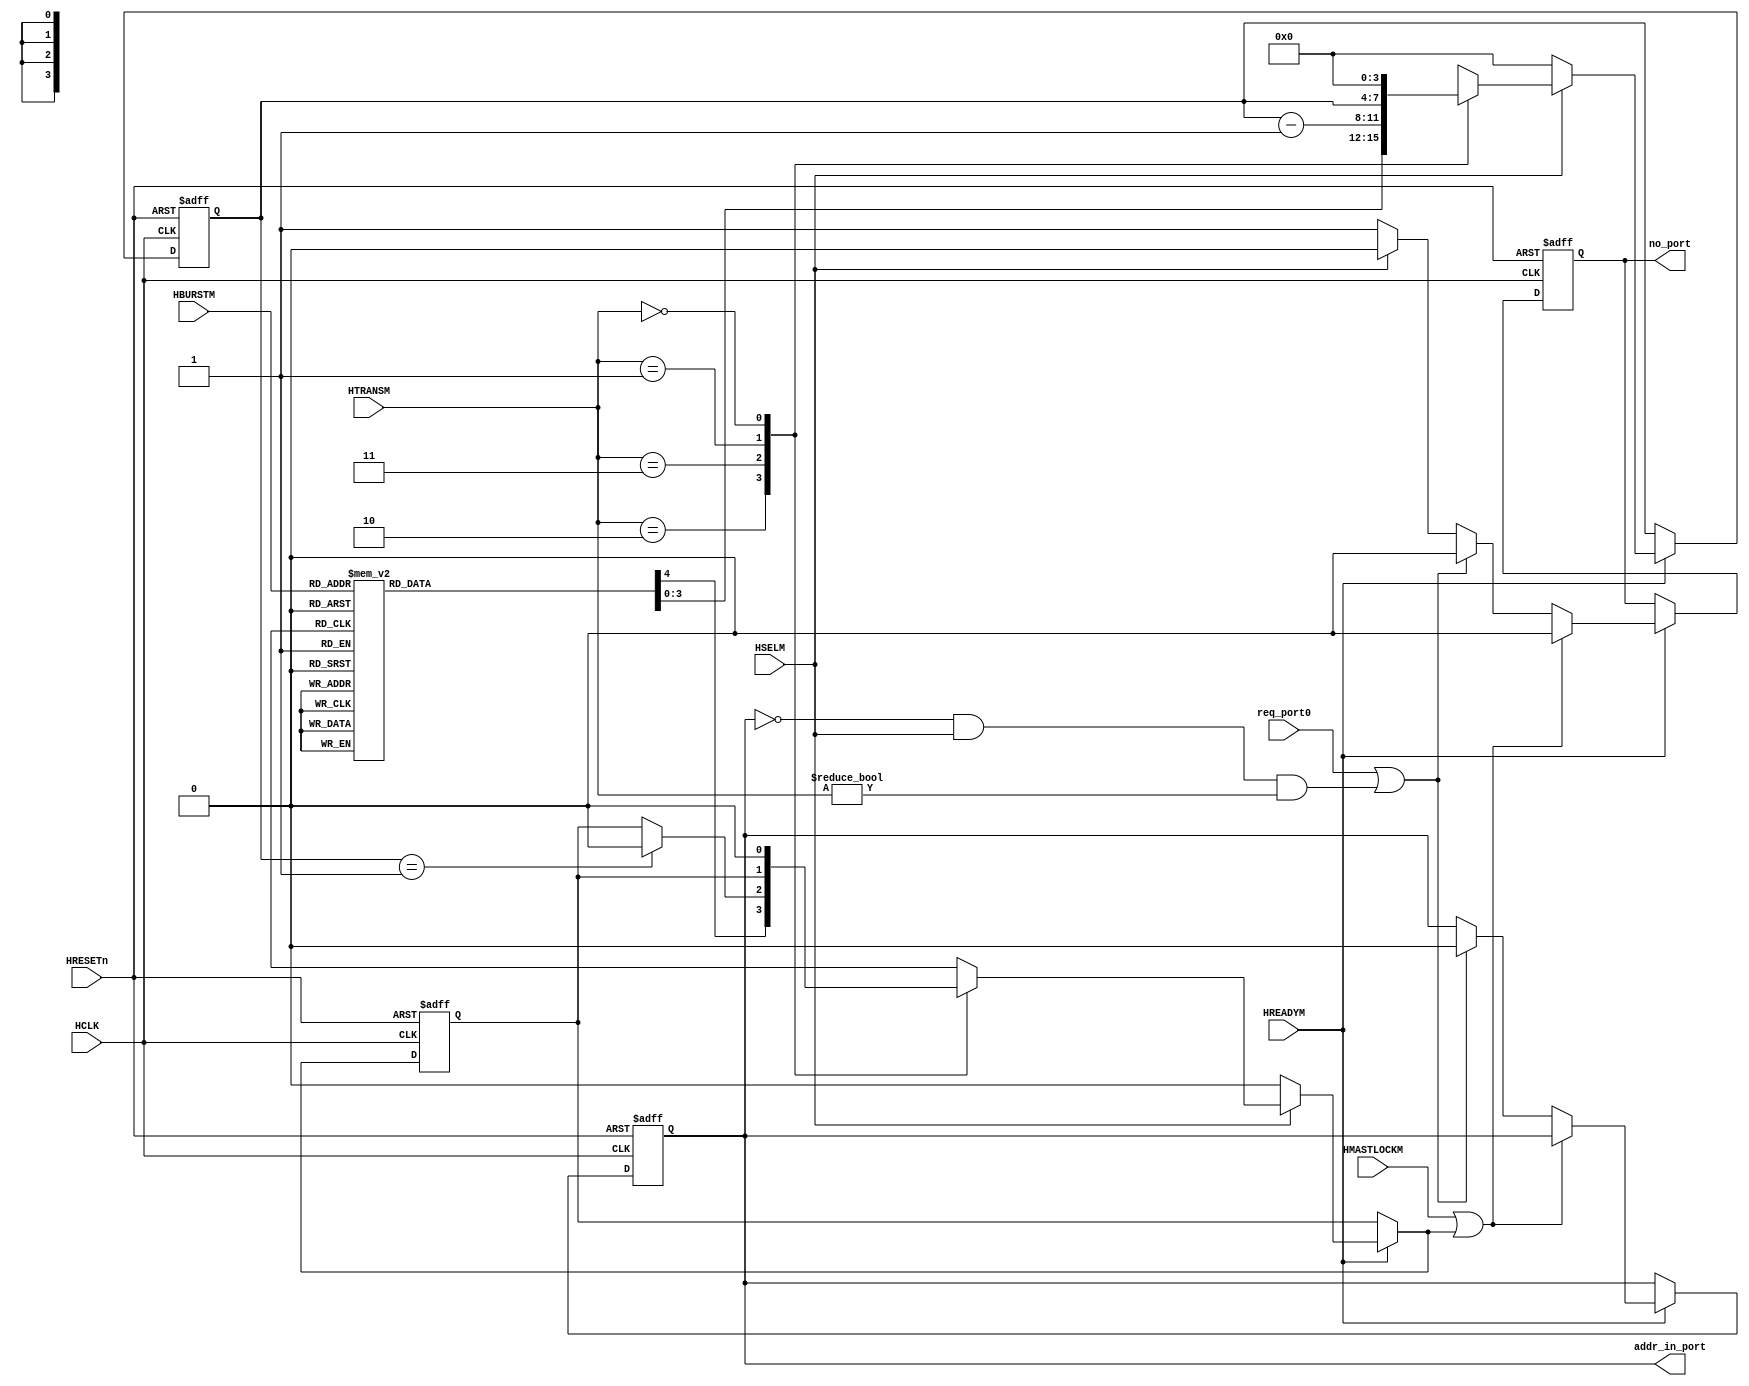
//-----------------------------------------------------------------------------
// The confidential and proprietary information contained in this file may
// only be used by a person authorised under and to the extent permitted
// by a subsisting licensing agreement from ARM Limited.
//
//            (C) COPYRIGHT 2001-2013-2024 ARM Limited.
//                ALL RIGHTS RESERVED
//
// This entire notice must be reproduced on all copies of this file
// and copies of this file may only be made by a person if such person is
// permitted to do so under the terms of a subsisting license agreement
// from ARM Limited.
//
//      SVN Information
//
//      Checked In          : $Date: 2012-10-15 18:01:36 +0100 (Mon, 15 Oct 2012) $
//
//      Revision            : $Revision: 225465 $
//
//      Release Information : Cortex-M System Design Kit-r1p0-01rel0
//
//-----------------------------------------------------------------------------
//
//------------------------------------------------------------------------------
//  Abstract            : The Output Arbitration is used to determine which
//                        of the input stages will be given access to the
//                        shared slave.
//
//  Notes               : The bus matrix has full connectivity.
//
//-----------------------------------------------------------------------------

`timescale 1ns/1ps

module AHB_Arbiter (

    // Common AHB signals
    HCLK ,
    HRESETn,

    // Input port request signals
    req_port0,

    HREADYM,
    HSELM,
    HTRANSM,
    HBURSTM,
    HMASTLOCKM,

    // Arbiter outputs
    addr_in_port,
    no_port

    );


// -----------------------------------------------------------------------------
// Input and Output declarations
// -----------------------------------------------------------------------------

    // Common AHB signals
    input        HCLK;         // AHB system clock
    input        HRESETn;      // AHB system reset
    input        req_port0;     // Port 0 request signal
    input        HREADYM;      // Transfer done
    input        HSELM;        // Slave select line
    input  [1:0] HTRANSM;      // Transfer type
    input  [2:0] HBURSTM;      // Burst type
    input        HMASTLOCKM;   // Locked transfer
    output [0:0] addr_in_port;   // Port address input
    output       no_port;       // No port selected signal


// -----------------------------------------------------------------------------
// Constant declarations
// -----------------------------------------------------------------------------

// HTRANS transfer type signal encoding
`define TRN_IDLE   2'b00       // Idle transfer
`define TRN_BUSY   2'b01       // Busy transfer
`define TRN_NONSEQ 2'b10       // NonSequential transfer
`define TRN_SEQ    2'b11       // Sequential transfer

// HBURST transfer type signal encoding
`define BUR_SINGLE 3'b000       // Single
`define BUR_INCR   3'b001       // Incremental
`define BUR_WRAP4  3'b010       // 4-beat wrap
`define BUR_INCR4  3'b011       // 4-beat Incr
`define BUR_WRAP8  3'b100       // 8-beat wrap
`define BUR_INCR8  3'b101       // 8-beat Incr
`define BUR_WRAP16 3'b110       // 16-beat Wrap
`define BUR_INCR16 3'b111       // 16-beat Incr


// -----------------------------------------------------------------------------
// Wire declarations
// -----------------------------------------------------------------------------
    wire       HCLK;           // AHB system clock
    wire       HRESETn;        // AHB system reset
    wire       req_port0;       // Port 0 request signal
    wire       HREADYM;        // Transfer done
    wire       HSELM;          // Slave select line
    wire [1:0] HTRANSM;        // Transfer type
    wire [2:0] HBURSTM;        // Burst type
    wire       HMASTLOCKM;     // Locked transfer
    wire [0:0] addr_in_port;     // Address input port
    reg        no_port;         // No port selected signal

// -----------------------------------------------------------------------------
// Signal declarations
// -----------------------------------------------------------------------------
    reg  [0:0] addr_in_port_next; // D-input of addr_in_port
    reg  [0:0] i_addr_in_port;    // Internal version of addr_in_port
    reg        no_port_next;       // D-input of no_port
    reg  [3:0] next_burst_count;   // D-input of reg_burst_count
    reg  [3:0] reg_burst_count;    // Burst counter
    reg        next_burst_hold;    // D-input of reg_burst_hold
    reg        reg_burst_hold;     // Burst hold signal


// -----------------------------------------------------------------------------
// Beginning of main code
// -----------------------------------------------------------------------------

// -----------------------------------------------------------------------------
// BURST TRANSFER COUNTER
// -----------------------------------------------------------------------------
//
// The Burst counter is used to count down from the number of transfers the
// master should perform and when the counter reaches zero the bus may be
// passed to another master.
//
// reg_burst_count indicates the number of transfers remaining in the
// current fixed length burst.
// reg_burst_hold is actually a decode of reg_burst_count=0 but is driven from a register
// to improve timing

  always @ (HREADYM or HTRANSM or HSELM or HBURSTM or reg_burst_count or reg_burst_hold)
    begin : p_next_burst_count_comb
      // Only update the counters on a valid phase
      if (!HREADYM)
        begin
          next_burst_count = reg_burst_count;
          next_burst_hold  = reg_burst_hold;
        end

      // Force the Burst logic to reset if this port is de-selected.  This can
      // happen for two reasons:
      //   1. The master performs 2 fixed-length bursts back-to-back, but the
      //      second is to an alternate output port
      //   2. The master is performing a fixed-length burst but is de-granted mid-
      //      way by a local AHB Arbiter
      else if (!HSELM)
        begin
          next_burst_count = 4'b0000;
          next_burst_hold  = 1'b0;
        end

      // Burst logic is initialised on a NONSEQ transfer (i.e. start of burst)
      // IDLE transfers cause the logic to reset
      // BUSY transfers pause the decrementer
      // SEQ transfers decrement the counter
      else
        case (HTRANSM)

          `TRN_NONSEQ : begin
            case (HBURSTM)
              `BUR_INCR16, `BUR_WRAP16 : begin
                next_burst_count = 4'b1111;
                next_burst_hold = 1'b1;
              end // case: BUR_INCR16 | BUR_WRAP16

              `BUR_INCR8, `BUR_WRAP8 : begin
                next_burst_count = 4'b0111;
                next_burst_hold = 1'b1;
              end // case: BUR_INCR8  | BUR_WRAP8

              `BUR_INCR4, `BUR_WRAP4 : begin
                next_burst_count = 4'b0011;
                next_burst_hold = 1'b1;
              end // case: BUR_INCR4  | BUR_WRAP4

              `BUR_SINGLE, `BUR_INCR : begin
                next_burst_count = 4'b0000;
                next_burst_hold = 1'b0;
              end // case: BUR_SINGLE | BUR_INCR

              default : begin
                next_burst_count = 4'bxxxx;
                next_burst_hold = 1'bx;
              end // case: default
            endcase // case(HBURSTM)
          end // case: `TRN_NONSEQ

          `TRN_SEQ : begin
            next_burst_count = reg_burst_count - 1'b1;
            if (reg_burst_count == 4'b0001)
              next_burst_hold = 1'b0;
            else
              next_burst_hold = reg_burst_hold;
          end // case: `TRN_SEQ

          `TRN_BUSY : begin
            next_burst_count = reg_burst_count;
            next_burst_hold = reg_burst_hold;
          end // case: `TRN_BUSY

          `TRN_IDLE : begin
            next_burst_count = 4'b0000;
            next_burst_hold = 1'b0;
          end // case: `TRN_IDLE

          default : begin
            next_burst_count = 4'bxxxx;
            next_burst_hold = 1'bx;
          end // case: default

        endcase // case(HTRANSM)
    end // block: p_next_burst_countComb


  // Sequential process
  always @ (negedge HRESETn or posedge HCLK)
    begin : p_burst_seq
      if (!HRESETn)
        begin
          reg_burst_count <= 4'b0000;
          reg_burst_hold  <= 1'b0;
        end // if (HRESETn == 1'b0)
      else
        begin
          reg_burst_count <= next_burst_count;
          reg_burst_hold  <= next_burst_hold;
        end
    end // block: p_burst_seq


// -----------------------------------------------------------------------------
// Port Selection
// -----------------------------------------------------------------------------
// The Output Arbitration function looks at all the requests to use the
//  output port and determines which is the highest priority request. This
//  version of the arbitration logic uses a fixed priority scheme that is
//  gated by a tracking function of the burst boundary. Input port 0 is the
//  highest priority, input port 1 is the second highest priority, etc.
// If none of the input ports are requesting then the current port will
//  remain active if it is performing IDLE transfers to the selected slave. If
//  this is not the case then the no_port signal will be asserted which
//  indicates that no input port should be selected.

  always @ (
             req_port0 or
             HSELM or HTRANSM or HMASTLOCKM or next_burst_hold or i_addr_in_port
           )
    begin : p_sel_port_comb
      // Default values are used for addr_in_port_next and no_port_next
      no_port_next = 1'b0;
      addr_in_port_next = i_addr_in_port;

      if ( HMASTLOCKM | next_burst_hold )
        addr_in_port_next = i_addr_in_port;
      else if ( req_port0 | ( (i_addr_in_port == 1'b0) & HSELM &
                              (HTRANSM != 2'b00) ) )
        addr_in_port_next = 1'b0;
      else if (HSELM)
        addr_in_port_next = i_addr_in_port;
      else
        no_port_next = 1'b1;
    end // block: p_sel_port_comb


  // Sequential process
  always @ (negedge HRESETn or posedge HCLK)
    begin : p_addr_in_port_reg
      if (!HRESETn)
        begin
          no_port        <= 1'b1;
          i_addr_in_port <= {1{1'b0}};
        end
      else
        if (HREADYM)
          begin
            no_port        <= no_port_next;
            i_addr_in_port <= addr_in_port_next;
          end
    end // block: p_addr_in_port_reg

  // Drive output with internal version
  assign addr_in_port = i_addr_in_port;


endmodule

// --================================= End ===================================--